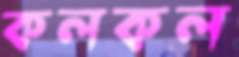
কলকল